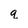
Character: q